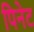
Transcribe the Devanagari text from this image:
पिनेट